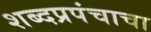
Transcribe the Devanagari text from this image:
शब्दप्रपंचाचा